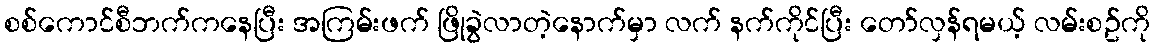
စစ်ကောင်စီဘက်ကနေပြီး အကြမ်းဖက် ဖြိုခွဲလာတဲ့နောက်မှာ လက် နက်ကိုင်ပြီး တော်လှန်ရမယ့် လမ်းစဥ်ကို